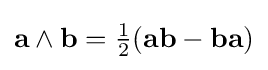
\mathbf {a} \wedge \mathbf {b} ={\tfrac {1}{2}}(\mathbf {ab} -\mathbf {ba} )